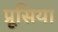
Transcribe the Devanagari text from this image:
प्रूसिया